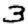
Digit: 3